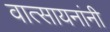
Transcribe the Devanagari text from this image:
वात्सायनांनी